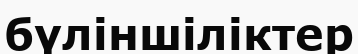
бүліншіліктер